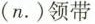
(n.)领带